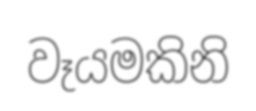
වෑයමකිනි